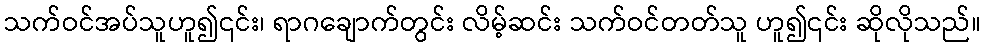
သက်ဝင်အပ်သူဟူ၍၎င်း၊ ရာဂချောက်တွင်း လိမ့်ဆင်း သက်ဝင်တတ်သူ ဟူ၍၎င်း ဆိုလိုသည်။